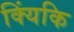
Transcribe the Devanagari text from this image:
क्यिंकि